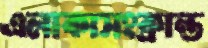
এলাকাসংক্রান্ত